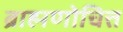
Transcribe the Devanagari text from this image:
ब्राह्मणोचित्त